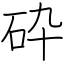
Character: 砕